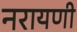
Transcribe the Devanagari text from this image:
नरायणी